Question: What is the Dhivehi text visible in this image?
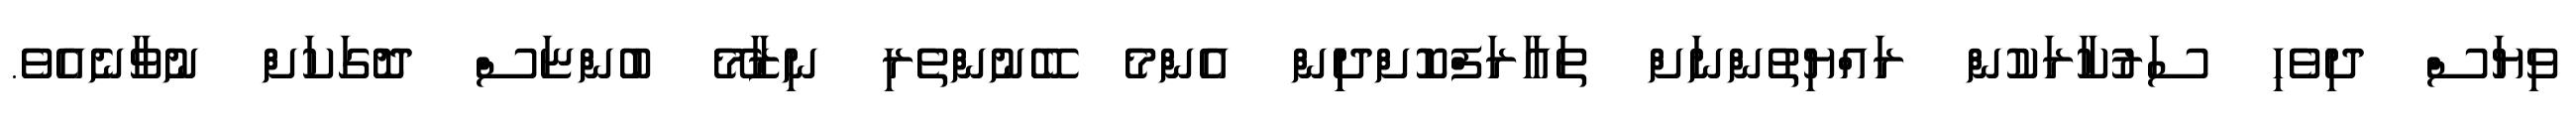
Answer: ވިޔަސް ދިވެހި ސަރުކާރަކުން ރައްޔިތުންނަށް ތައާރަފްކޮށްދިިން އެންމެ ބޭނުންތެރި ނިޒާމޭ ބުންޏަސް ދޮގަކަށް ނުވާނެއެވެ.